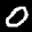
Label: 0